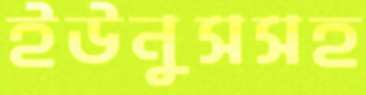
ইউনুসসহ